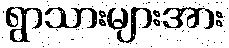
ရွာသားများအား